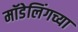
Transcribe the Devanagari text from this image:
मॉडेलिंगच्या